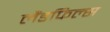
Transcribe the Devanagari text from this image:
लैंडफिल्स